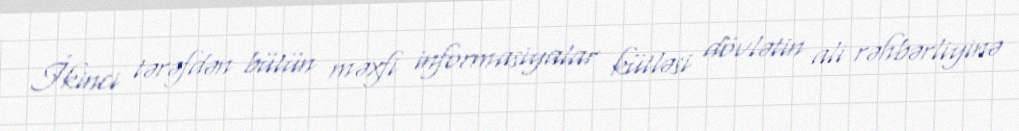
İkinci tərəfdən bütün məxfi informasiyalar kütləsi dövlətin ali rəhbərliyinə